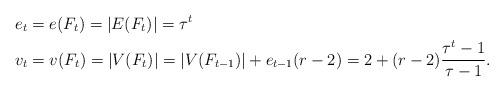
LaTeX: \begin{align*} e_t & = e(F_t) = |E(F_t)| = \tau^t \\ v_t & = v(F_t) = |V(F_t)| = |V(F_{t-1})| + e_{t-1} (r-2) = 2 + (r-2) \frac{\tau^t - 1}{\tau -1}. \end{align*}